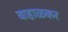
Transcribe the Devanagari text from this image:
वाहाळकर